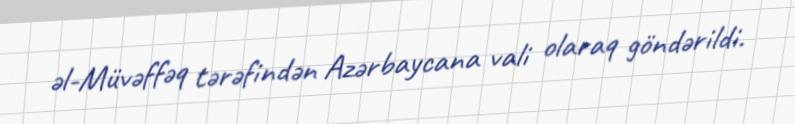
əl-Müvəffəq tərəfindən Azərbaycana vali olaraq göndərildi.